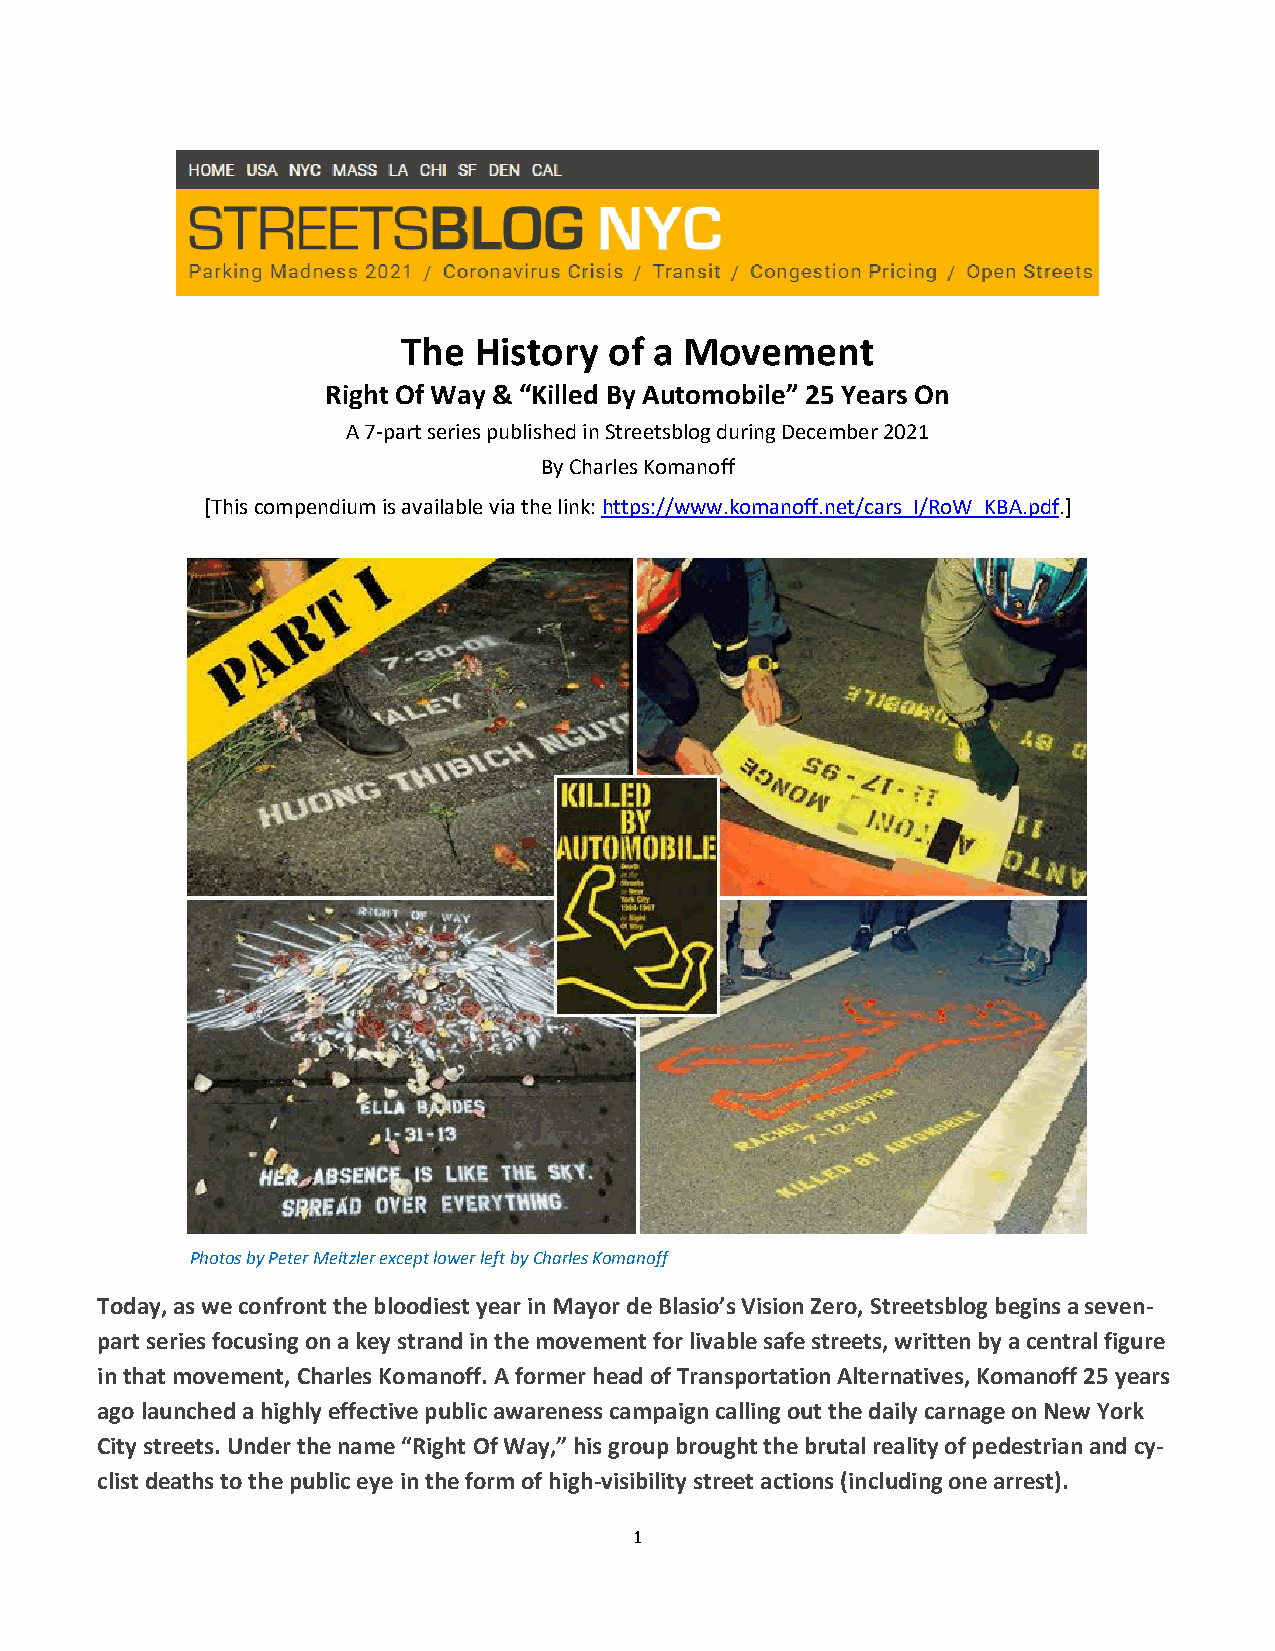
The History  of a Movement
 Right Of Way & “Killed By Automobile” 25 Years On
 A 7-part series published in Streetsblog during December 2021
 By Charles Komanoff
 [This compendium is available via the link: https://www.komanoff.net/cars_I/RoW_KBA.pdf.]
 Photos by Peter Meitzler except lower left by Charles Komanoff
 Today, as we confront the bloodiest year in Mayor de Blasio’s Vision Zero, Streetsblog begins a seven-
 part series focusing on a key strand in the movement for livable safe streets, written by a central figure
 in that movement, Charles Komanoff. A former head of Transportation Alternatives, Komanoff 25 years
 ago launched a highly effective public awareness campaign calling out the daily carnage on New York
 City streets. Under the name “Right Of Way,” his group brought the brutal reality of pedestrian and cy-
 clist deaths to the public eye in the form of high-visibility street actions (including one arrest).
 1